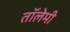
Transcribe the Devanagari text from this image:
तॉलेमी